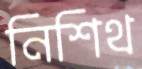
নিশিথ